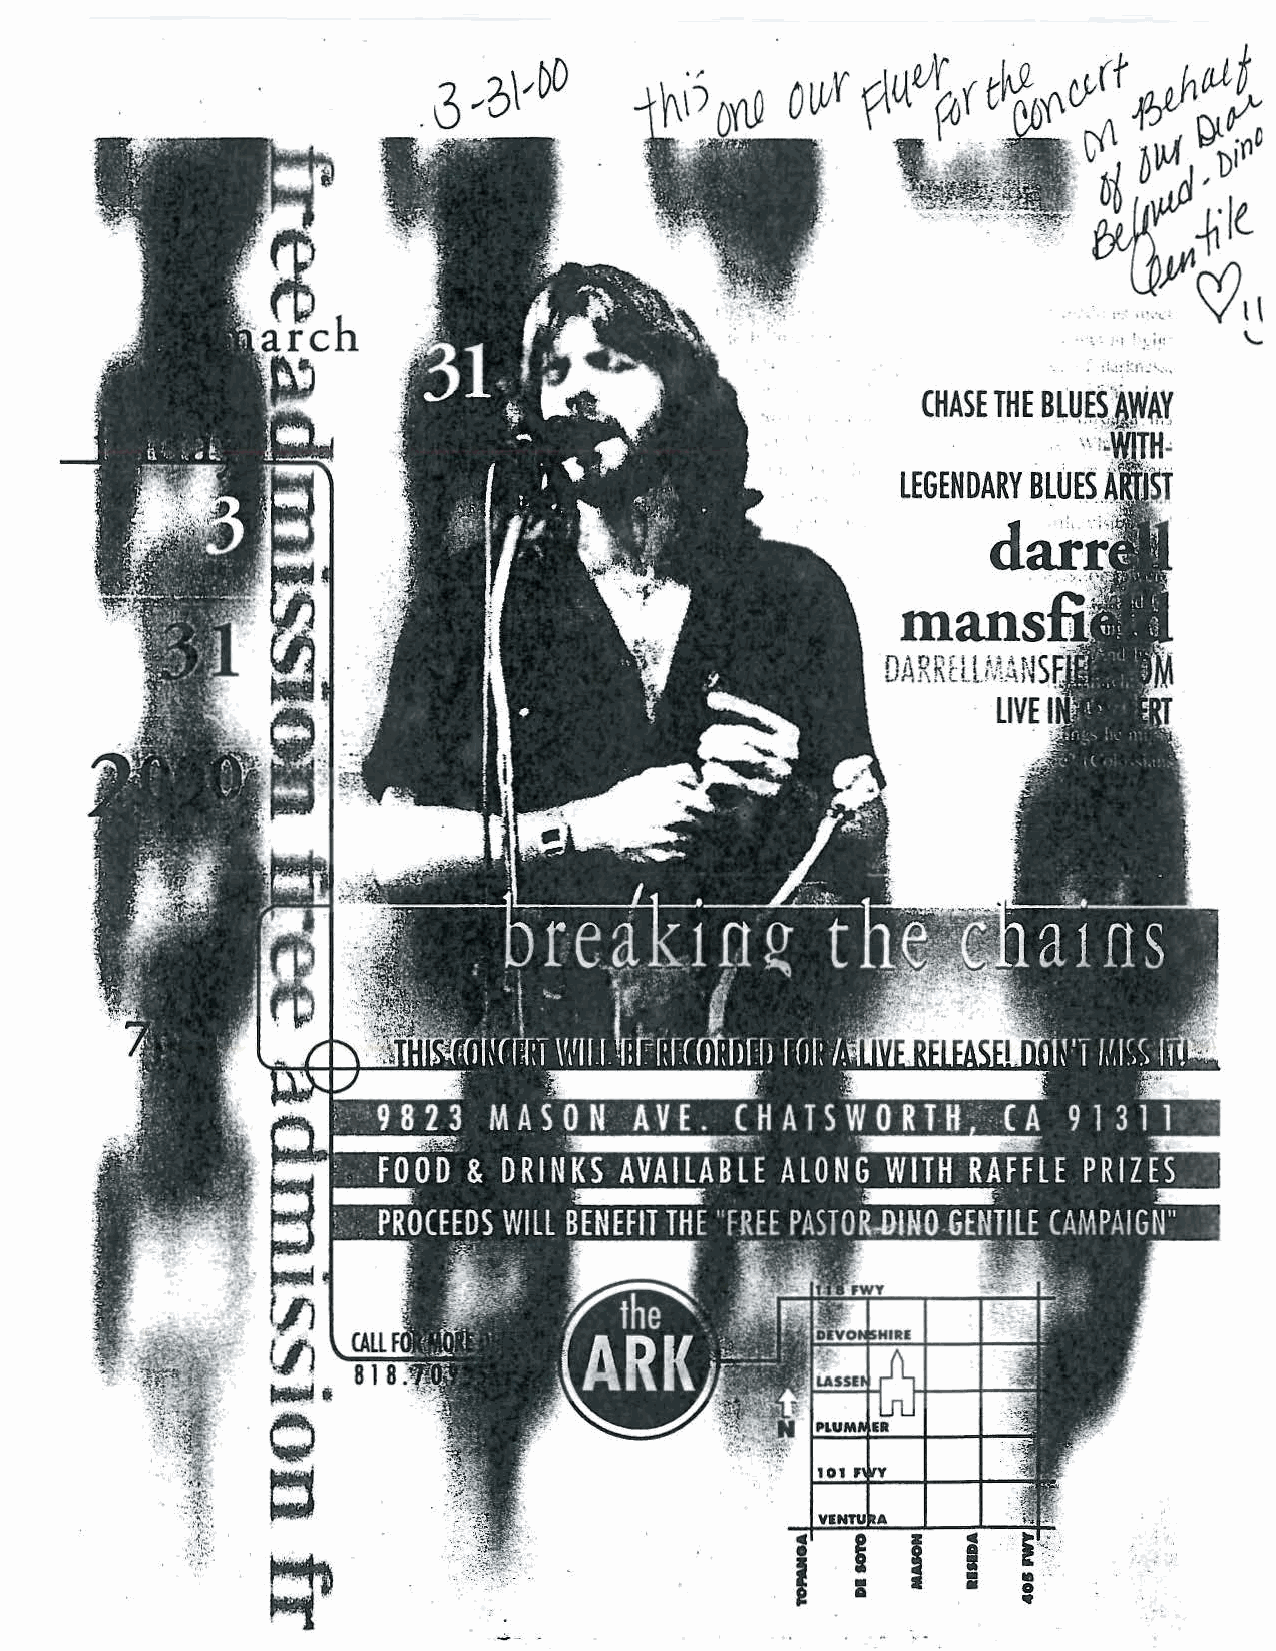
• •• :. • ,•l I.'· i~: '-
 LEGENDARY BLU,,E S...
 a. . : r. . . ·
 d
 i
 :
 ;    . .
 •